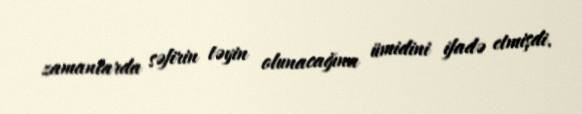
zamanlarda səfirin təyin olunacağına ümidini ifadə etmişdi.